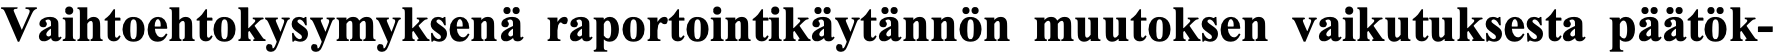
Vaihtoehtokysymyksenä raportointikäytännön muutoksen vaikutuksesta päätök-